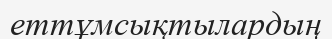
еттұмсықтылардың